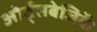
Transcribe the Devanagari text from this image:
ओर्ट्सबेजिर्के